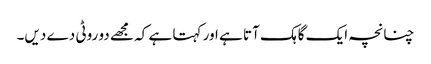
چنانچہ ایک گاہک آتا ہے اور کہتا ہے کہ مجھے دو روٹی دے دیں۔